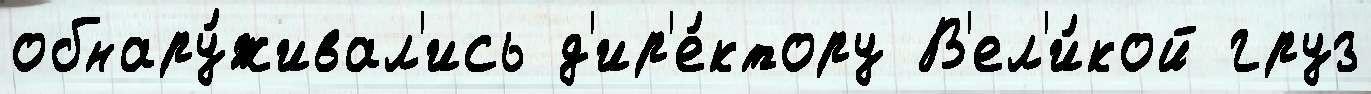
обнару́живал'ись д'ир'е́ктору В'ел'и́кой груз